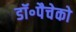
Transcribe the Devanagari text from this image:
डॉ॰पैचेको